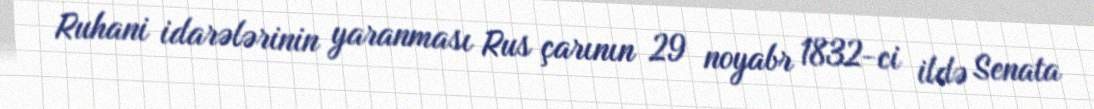
Ruhani idarələrinin yaranması Rus çarının 29 noyabr 1832-ci ildə Senata